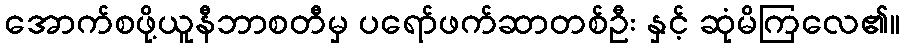
အောက်စဖို့ယူနီဘာစတီမှ ပရော်ဖက်ဆာတစ်ဦး နှင့် ဆုံမိကြလေ၏။